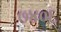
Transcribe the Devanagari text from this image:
७४०६